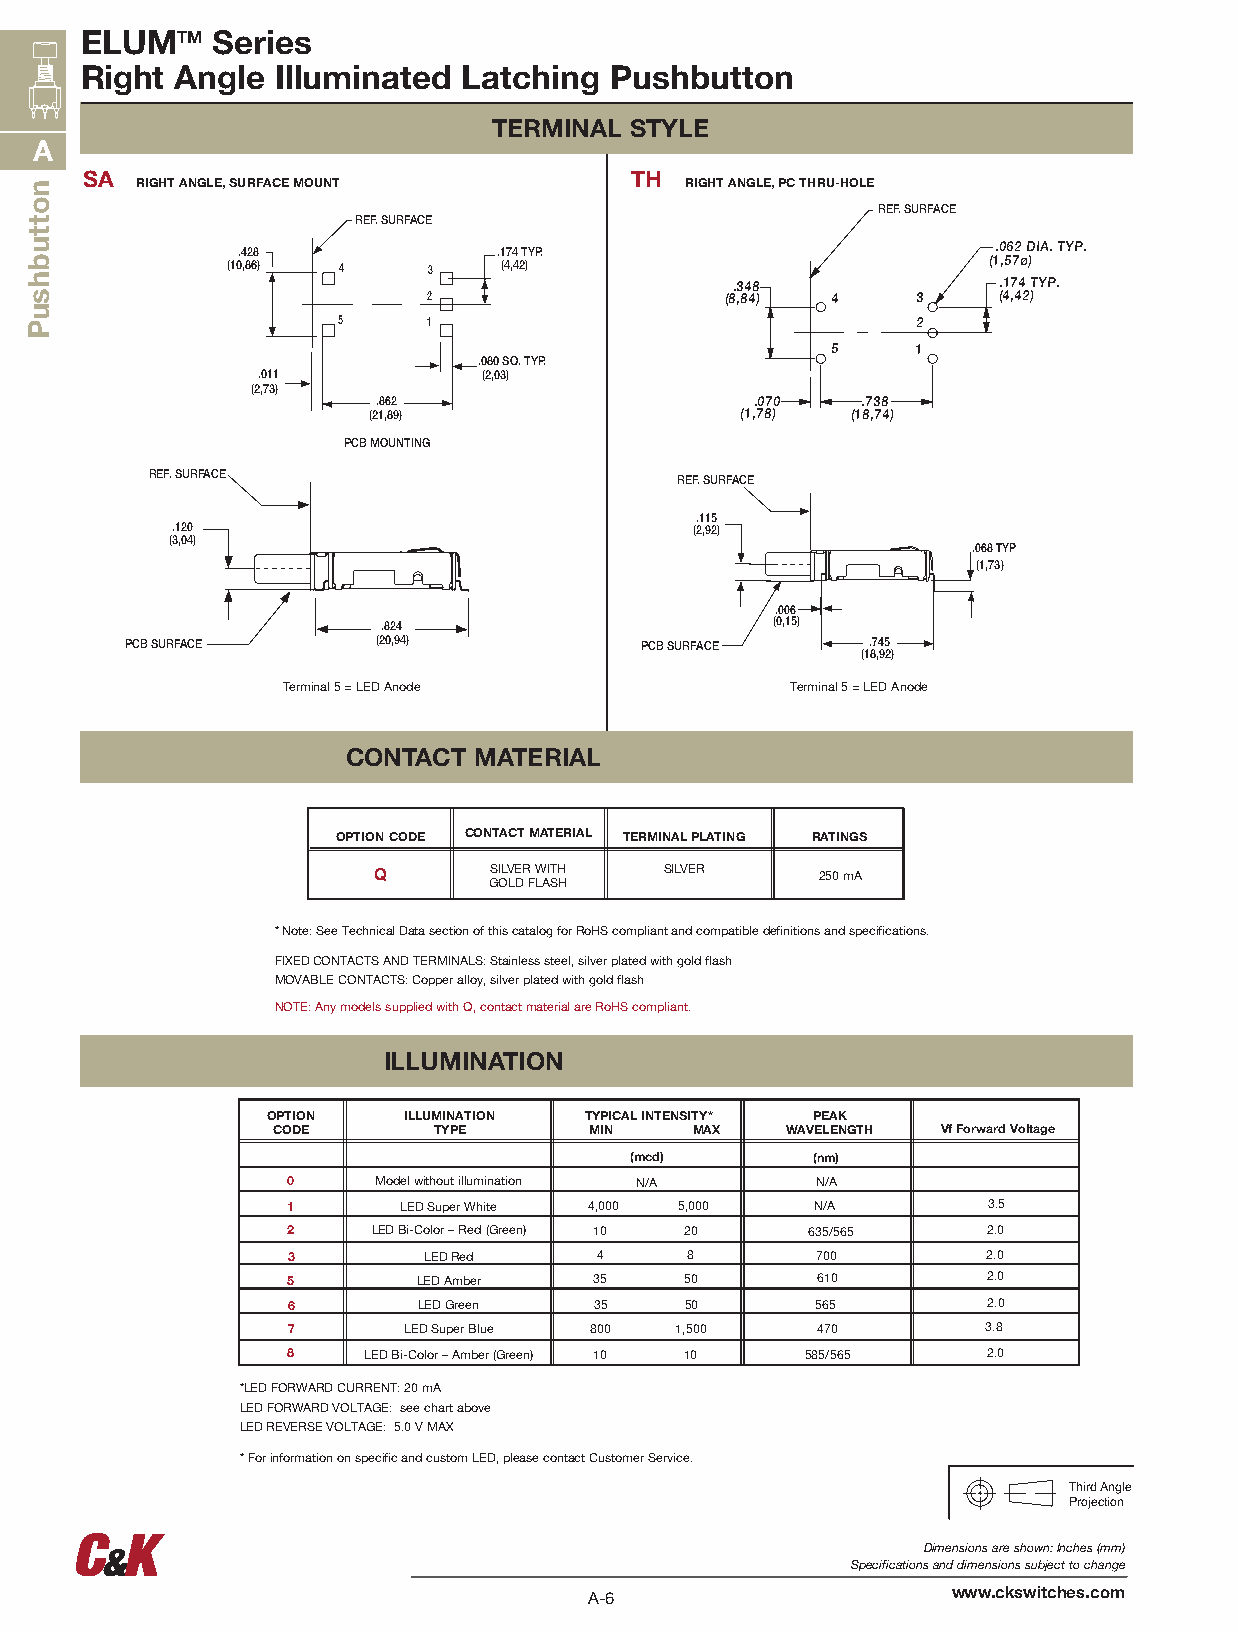
ELUMTM   Series
 Right  Angle Illuminated  Latching Pushbutton
 TERMINAL STYLE
 A
 SA                                   TH
 RIGHT ANGLE, SURFACE MOUNT          RIGHT ANGLE, PC THRU-HOLE
 REF. SURFACE
 REF. SURFACE
 .428             .174 TYP.                        .062 DIA. TYP.
 (10,86) 4    3    (4,42)                          (1,57ø)
 .348              .174 TYP.
 2                   (8,84) 4     3    (4,42)
 5     1                                2
 5     1
 .080 SQ. TYP.
 .011           (2,03)
 (2,73)
 .862                     .070   .738
 (21,89)                  (1,78) (18,74)
 PCB MOUNTING
 REF. SURFACE
 REF. SURFACE
 .115
 .120                               (2,92)
 (3,04)
 .068 TYP
 (1,73)
 .006
 .824                      (0,15)
 PCB SURFACE      (20,94)          PCB SURFACE     .745
 (18,92)
 Terminal 5 = LED Anode           Terminal 5 = LED Anode
 CONTACT MATERIAL
 OPTION CODE CONTACT MATERIAL TERMINAL PLATING RATINGS
 Q      SILVER WITH SILVER    250 mA
 GOLD FLASH
 * Note: See Technical Data section of this catalog for RoHS compliant and compatible definitions and specifications.
 FIXED CONTACTS AND TERMINALS: Stainless steel, silver plated with gold flash
 MOVABLE CONTACTS: Copper alloy, silver plated with gold flash
 NOTE: Any models supplied with Q, contact material are RoHS compliant.
 ILLUMINATION
 OPTION   ILLUMINATION TYPICAL INTENSITY* PEAK
 CODE       TYPE      MIN    MAX   WAVELENGTH Vf Forward Voltage
 (mcd)       (nm)
 0     Model without illumination N/A N/A
 1      LED Super White 4,000 5,000 N/A        3.5
 2     LED Bi-Color – Red (Green) 10 20 635/565 2.0
 3        LED Red    4     8        700        2.0
 5        LED Amber  35    50       610        2.0
 6        LED Green  35    50       565        2.0
 7       LED Super Blue 800 1,500   470        3.8
 8    LED Bi-Color – Amber (Green) 10 10 585/565 2.0
 *LED FORWARD CURRENT: 20 mA
 LED FORWARD VOLTAGE: see chart above
 LED REVERSE VOLTAGE: 5.0 V MAX
 * For information on specific and custom LED, please contact Customer Service.
 Third Angle
 Projection
 Dimensions are shown: Inches (mm)
 Specifications and dimensions subject to change
 www.ckswitches.com
 A-6
 nottubhsuP